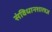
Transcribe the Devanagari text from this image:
संविधानशास्त्रज्ञ